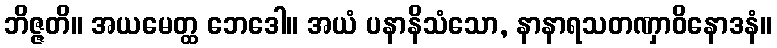
ဘိဇ္ဇတိ။ အယမေတ္ထ ဘေဒေါ။ အယံ ပနာနိသံသော, နာနာရသတဏှာဝိနောဒနံ။